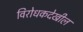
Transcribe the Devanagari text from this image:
विरोधकदेखील